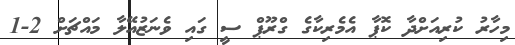
މިހާރު ކުރިއަށްދާ ކޮޕާ އެމެރިކާގެ ގްރޫޕް ސީ ގައި ވެނަޒުއޭލާ މައްޗަށް 2-1